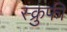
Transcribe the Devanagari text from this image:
स्क्रुफी